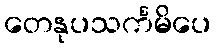
တေနုပသင်္ကမိပေ